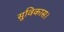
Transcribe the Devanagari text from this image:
सुविकास।